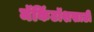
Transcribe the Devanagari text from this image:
मॅकिंटॉशसाठी